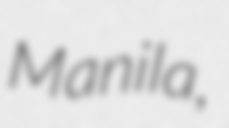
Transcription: Manila,